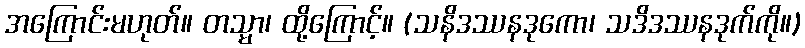
အကြောင်းမဟုတ်။ တသ္မာ၊ ထို့ကြောင့်။ (သနိဒဿနဒုကော၊ သဒိဒဿနဒုက်ကို။)